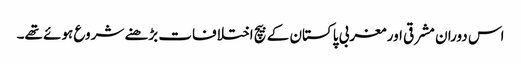
اس دوران مشرقی اور مغربی پاکستان کے بیچ اختلافات بڑھنے شروع ہوئے تھے۔